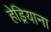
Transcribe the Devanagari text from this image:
हेड्रियाना